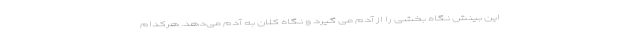
این بینش نگاه بخشی را از آدم می گیرد و نگاه کلان به آدم می‌دهد. هرکدام